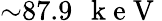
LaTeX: {\sim}87.9\mathrm{~\, ~k~e~V~}